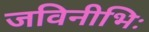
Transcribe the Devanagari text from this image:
जविनीभिः